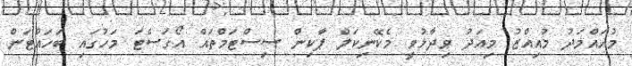
މުހައްމަދު މުއިއްޒު މިއަދު ވިދާޅުވީ މެކޭނިކަލް ޕާކިން ސިސްޓަމްތައް އޯގަސްޓަ މަހުގައި ބަހައްޓަން